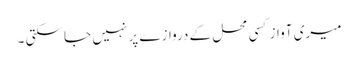
میری آواز کسی محل کے دروازے پر نہیں جا سکتی ۔